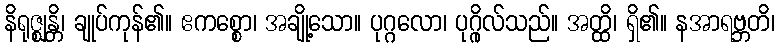
နိရုဇ္ဈန္တိ၊ ချုပ်ကုန်၏။ ဧကစ္စော၊ အချို့သော။ ပုဂ္ဂလော၊ ပုဂ္ဂိုလ်သည်။ အတ္ထိ၊ ရှိ၏။ နအာရဗ္ဘတိ၊